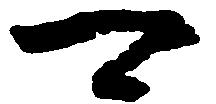
可